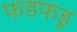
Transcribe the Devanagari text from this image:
फडफडू